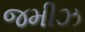
જમીઝ